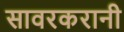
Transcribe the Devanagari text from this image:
सावरकरानी